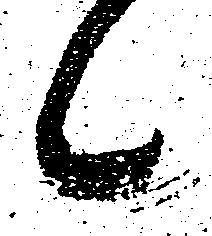
候